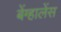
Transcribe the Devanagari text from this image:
बेंग्हालेंस